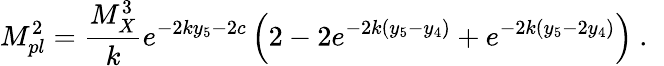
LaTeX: M_{pl}^{2}={\frac{M_{X}^{3}}{k}}e^{-2ky_{5}-2c}\left(2-2e^{-2k(y_{5}-y_{4})}+e^{-2k(y_{5}-2y_{4})}\right)~.~\,